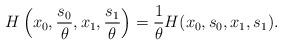
LaTeX: \begin{align*}H\left(x_0,\frac{s_0}{\theta},x_1, \frac{s_1}{\theta}\right) = \frac{1}{\theta}H(x_0,s_0,x_1,s_1). \end{align*}